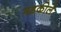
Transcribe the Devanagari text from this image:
भडकीले